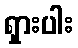
ရှားပါး